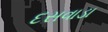
દસવાડા